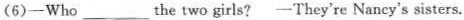
(6)—Who ___ the two girls? - They're Nancy's sisters.